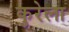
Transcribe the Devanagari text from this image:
कुरेला